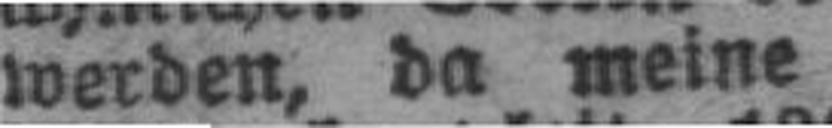
werden, da meine ###